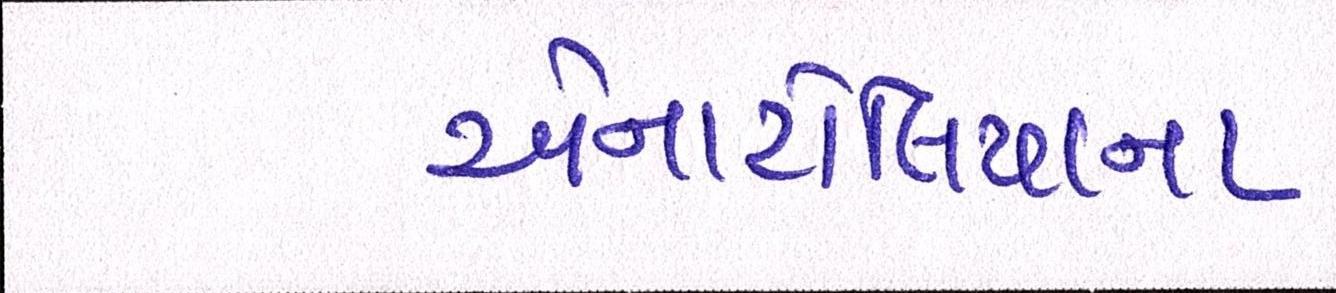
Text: એનાટોલિયાના